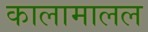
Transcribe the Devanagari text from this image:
कालामालल